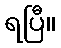
ရပြီ။